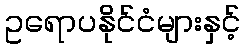
ဥရောပနိုင်ငံများနှင့်